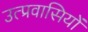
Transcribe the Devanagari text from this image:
उत्प्रवासियों